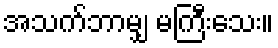
အသက်ဘာမျှ မကြီးသေး။